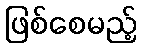
ဖြစ်စေမည့်